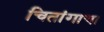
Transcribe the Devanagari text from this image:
चितांगाचा